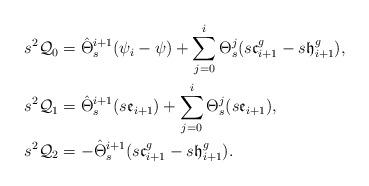
LaTeX: \begin{align*}s^2\mathcal{Q}_0&=\hat{\Theta}_s^{i+1}(\psi_i-\psi)+\sum_{j=0}^i\Theta_s^j(s\mathfrak{c}_{i+1}^g-s\mathfrak{h}_{i+1}^g),\\s^2\mathcal{Q}_1&=\hat{\Theta}_s^{i+1}(s\mathfrak{e}_{i+1})+\sum_{j=0}^i\Theta_s^j(s\mathfrak{e}_{i+1}),\\s^2\mathcal{Q}_2&=-\hat{\Theta}_s^{i+1}(s\mathfrak{c}^g_{i+1}-s\mathfrak{h}^g_{i+1}).\end{align*}